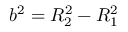
b ^ { 2 } = R _ { 2 } ^ { 2 } - R _ { 1 } ^ { 2 }